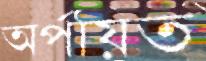
অর্পয়িত